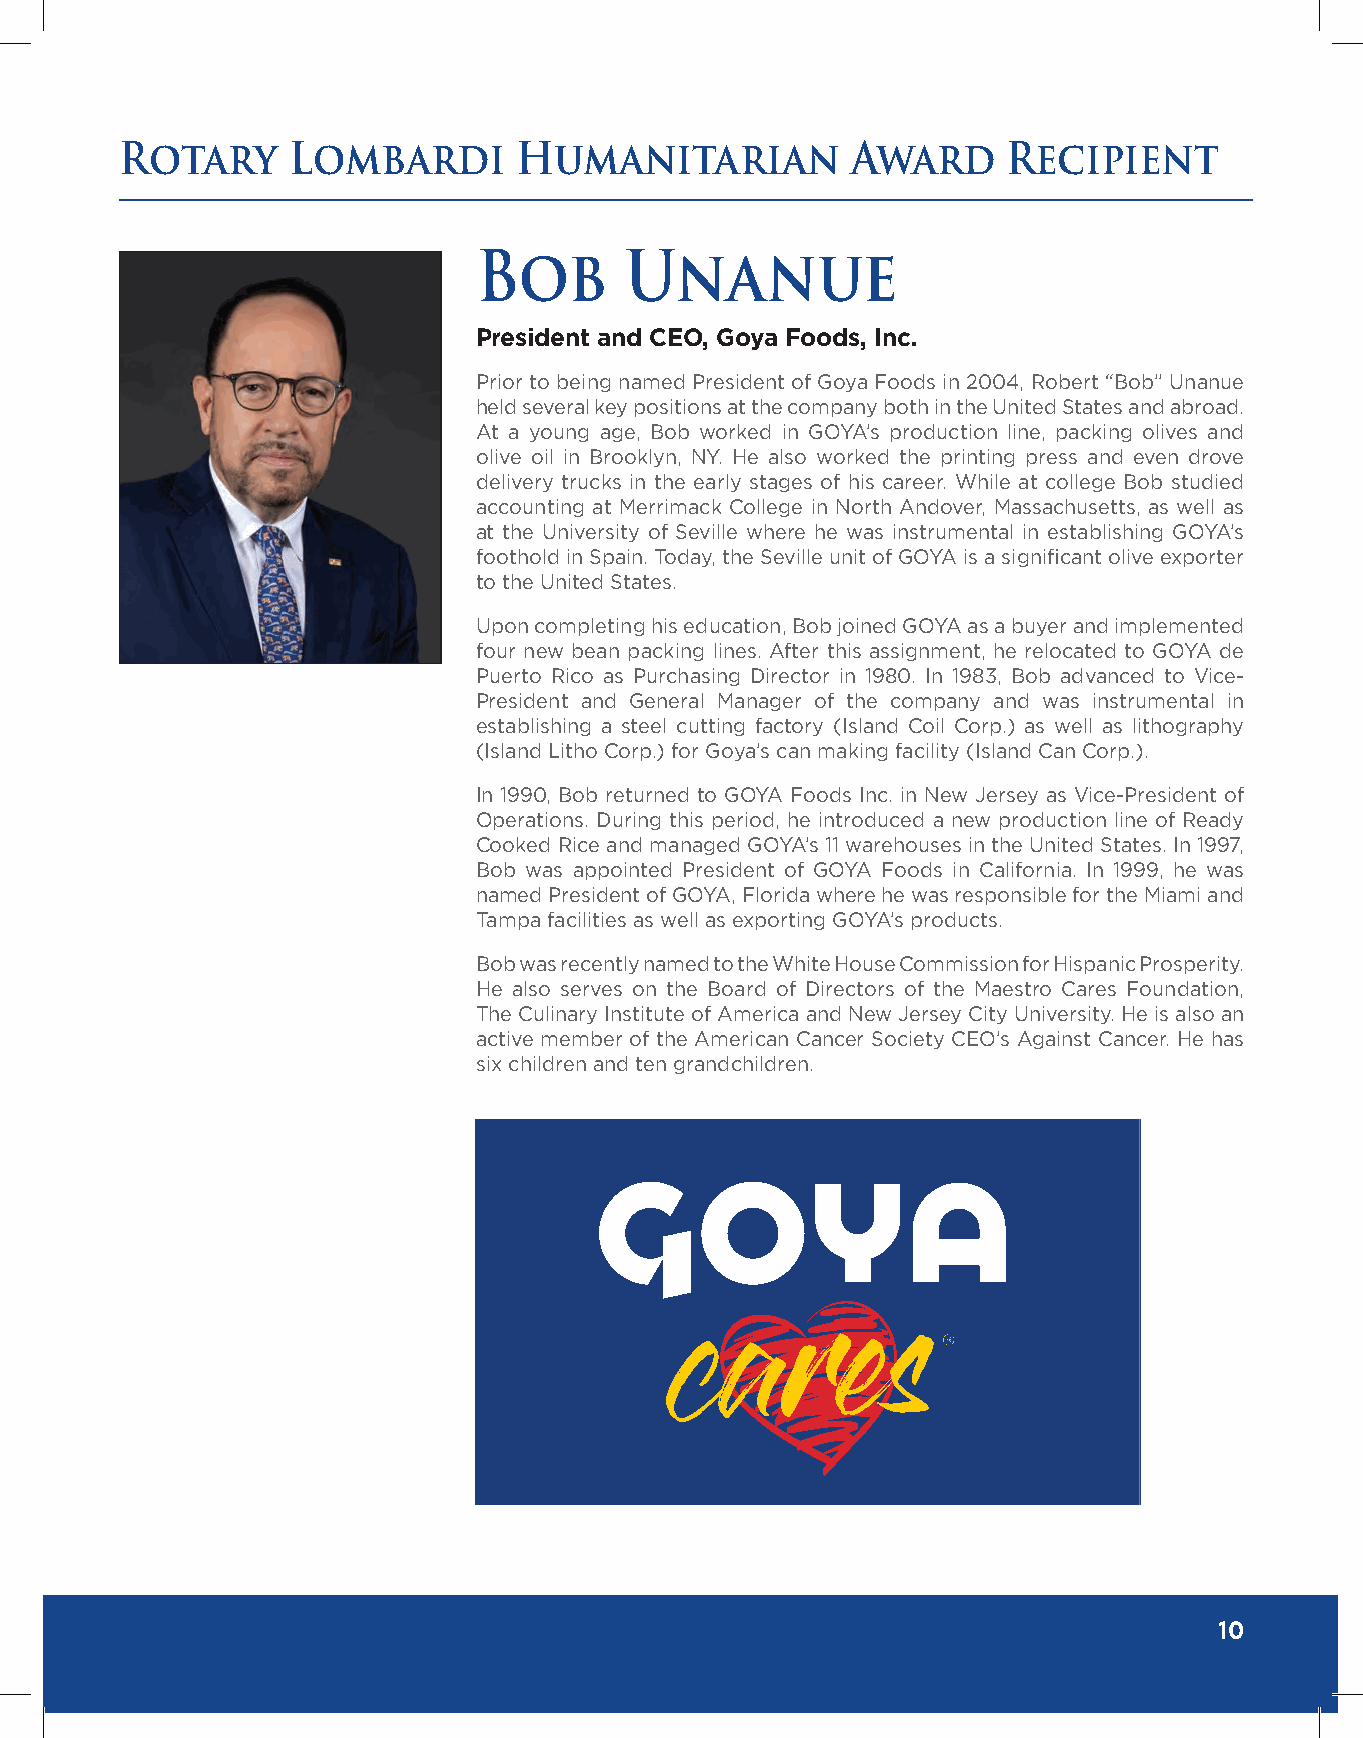
Rotary     Lombardi       Humanitarian          Award      Recipient
 Bob       Unanue
 President and CEO, Goya Foods, Inc.
 Prior to being named President of Goya Foods in 2004, Robert “Bob” Unanue
 held several key positions at the company both in the United States and abroad.
 At a young age, Bob worked in GOYA’s production line, packing olives and
 olive oil in Brooklyn, NY. He also worked the printing press and even drove
 delivery trucks in the early stages of his career. While at college Bob studied
 accounting at Merrimack College in North Andover, Massachusetts, as well as
 at the University of Seville where he was instrumental in establishing GOYA’s
 foothold in Spain. Today, the Seville unit of GOYA is a significant olive exporter
 to the United States.
 Upon completing his education, Bob joined GOYA as a buyer and implemented
 four new bean packing lines. After this assignment, he relocated to GOYA de
 Puerto Rico as Purchasing Director in 1980. In 1983, Bob advanced to Vice-
 President and General Manager of the company and was instrumental in
 establishing a steel cutting factory (Island Coil Corp.) as well as lithography
 (Island Litho Corp.) for Goya’s can making facility (Island Can Corp.).
 In 1990, Bob returned to GOYA Foods Inc. in New Jersey as Vice-President of
 Operations. During this period, he introduced a new production line of Ready
 Cooked Rice and managed GOYA’s 11 warehouses in the United States. In 1997,
 Bob was appointed President of GOYA Foods in California. In 1999, he was
 named President of GOYA, Florida where he was responsible for the Miami and
 Tampa facilities as well as exporting GOYA’s products.
 Bob was recently named to the White House Commission for Hispanic Prosperity.
 He also serves on the Board of Directors of the Maestro Cares Foundation,
 The Culinary Institute of America and New Jersey City University. He is also an
 active member of the American Cancer Society CEO’s Against Cancer. He has
 six children and ten grandchildren.
 10